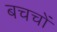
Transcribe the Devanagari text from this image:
बचचों